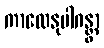
ကာလေနုပါဂန္တွာ